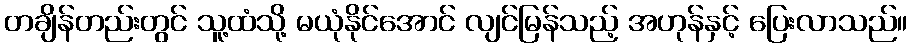
တချိန်တည်းတွင် သူ့ထံသို့ မယုံနိုင်အောင် လျင်မြန်သည့် အဟုန်နှင့် ပြေးလာသည်။